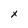
Character: x